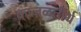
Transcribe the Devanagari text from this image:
काजळतीर्थ